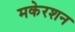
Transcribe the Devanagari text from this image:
मकेरशन